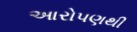
આરોપણથી